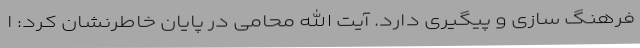
فرهنگ سازی و پیگیری دارد. آیت الله محامی در پایان خاطرنشان کرد: ا